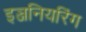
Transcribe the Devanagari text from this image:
इञ्जनियरिंग